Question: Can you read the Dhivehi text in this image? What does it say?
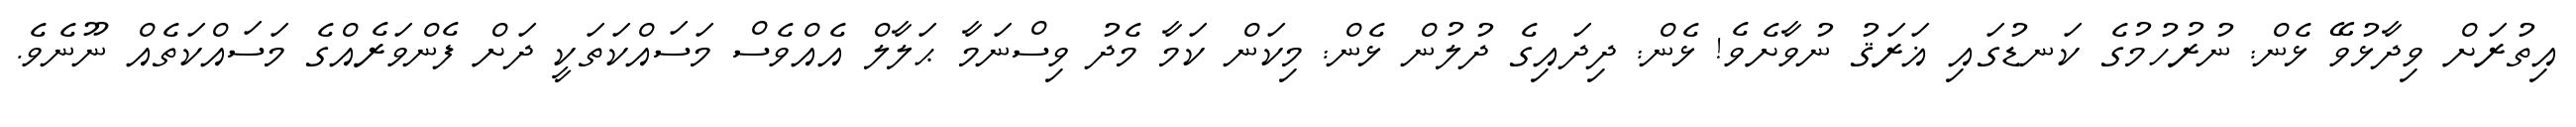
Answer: އިތުރަށް ވިދާޅުވޭ ޅެން: ނުރުހުމުގެ ކަނޑުގައި ޣަރަޤު ނުވާށެވެ! ޅެން: ދިދައިގެ ދުލުން ޅެން: މިކަން ކަމާ މެދު ވިސްނަމާ ޙަލާލް އެއްވެސް މަސައްކަތަކީ ދަށް ފެންވަރެއްގެ މަސައްކަތެއް ނޫނެވެ.